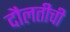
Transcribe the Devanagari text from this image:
दौलतीची